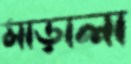
মাড়ালা